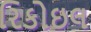
રિકોઇલ